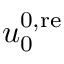
u _ { 0 } ^ { 0 , \mathrm { r e } }